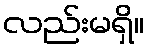
လည်းမရှိ။